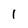
Character: 1